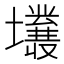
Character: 𡓙